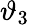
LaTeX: \vartheta_{3}